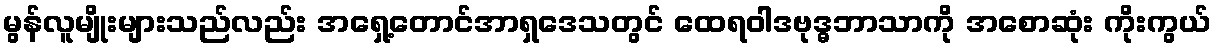
မွန်လူမျိုးများသည်လည်း အရှေ့တောင်အာရှဒေသတွင် ထေရဝါဒဗုဒ္ဓဘာသာကို အစောဆုံး ကိုးကွယ်